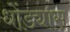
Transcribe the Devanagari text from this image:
धोंड्यास